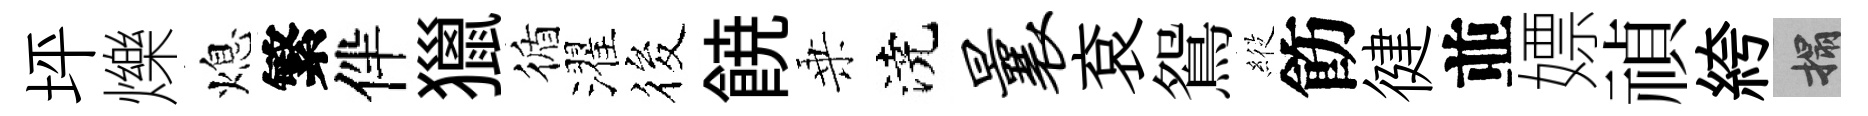
坪爍熄繁伴獵循濯筱𩜙乗澆曩袞鴛𦂵飭徤並嫖禎絝搨